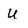
Character: U